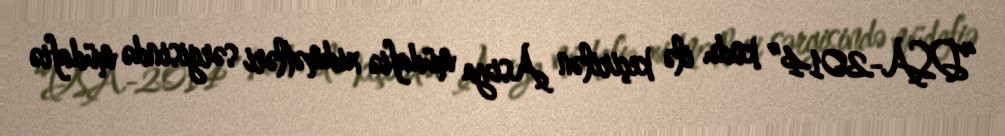
“DSA-2014” kodu ilə keçirilən Asiya müdafiə xidmətləri sərgisində müdafiə